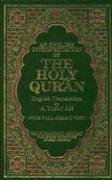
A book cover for An English Interpretation of the Holy Quran with English Translation and Full Arabic Text; A. Yusuf Ali; Religion & Spirituality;